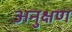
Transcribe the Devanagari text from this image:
अनुक्षण